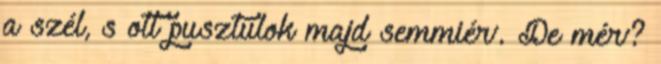
a szél, s ott pusztulok majd semmiér’. De mér’?